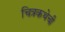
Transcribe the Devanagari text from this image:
चित्रकथेची